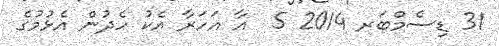
31 ޑިސެމްބަރ 2014 5  އާ އަހަރާ އެކު ހެދުން އެޅުމުގެ